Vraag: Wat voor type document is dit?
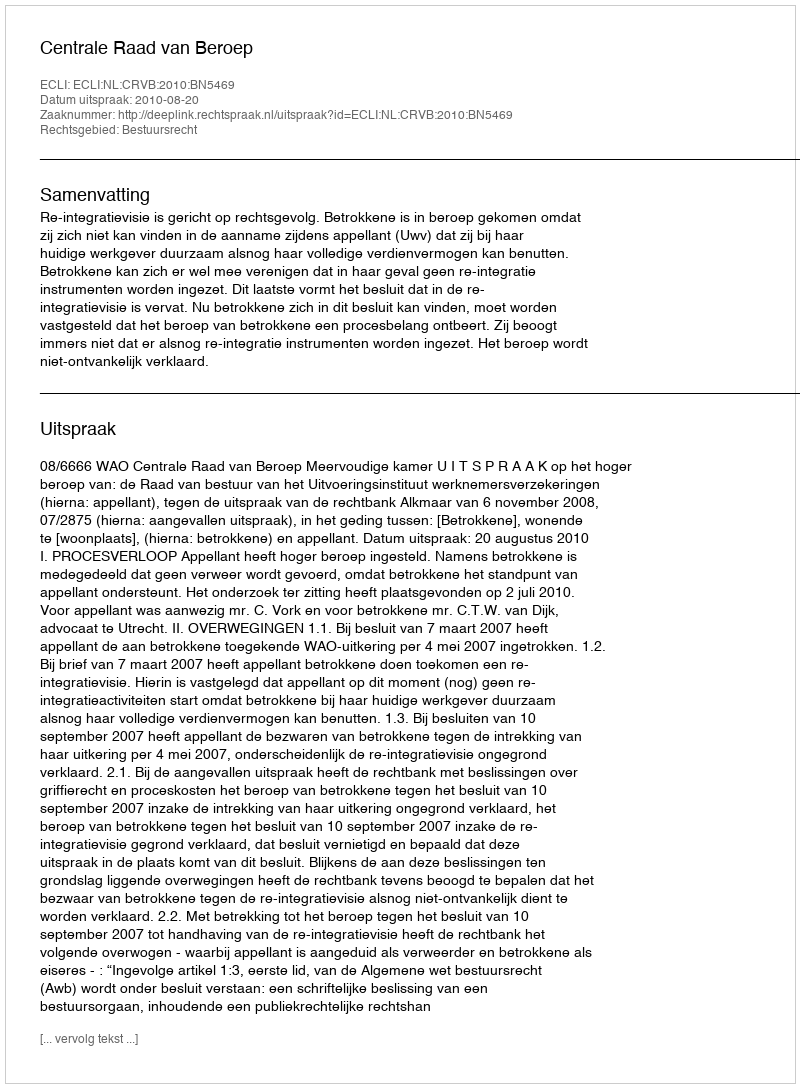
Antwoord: Uitspraak